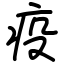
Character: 疫